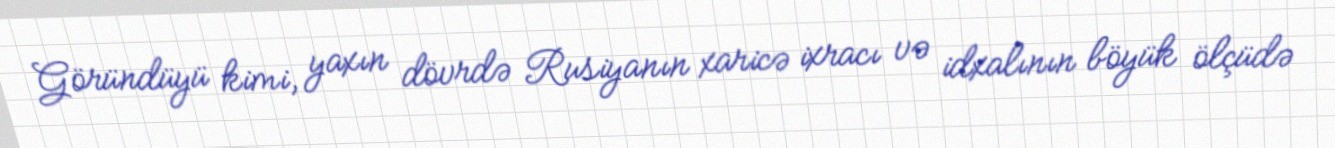
Göründüyü kimi, yaxın dövrdə Rusiyanın xaricə ixracı və idxalının böyük ölçüdə